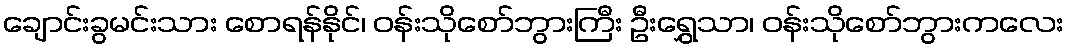
ချောင်းခွမင်းသား စောရန်နိုင်၊ ဝန်းသိုစော်ဘွားကြီး ဦးရွှေသာ၊ ဝန်းသိုစော်ဘွားကလေး